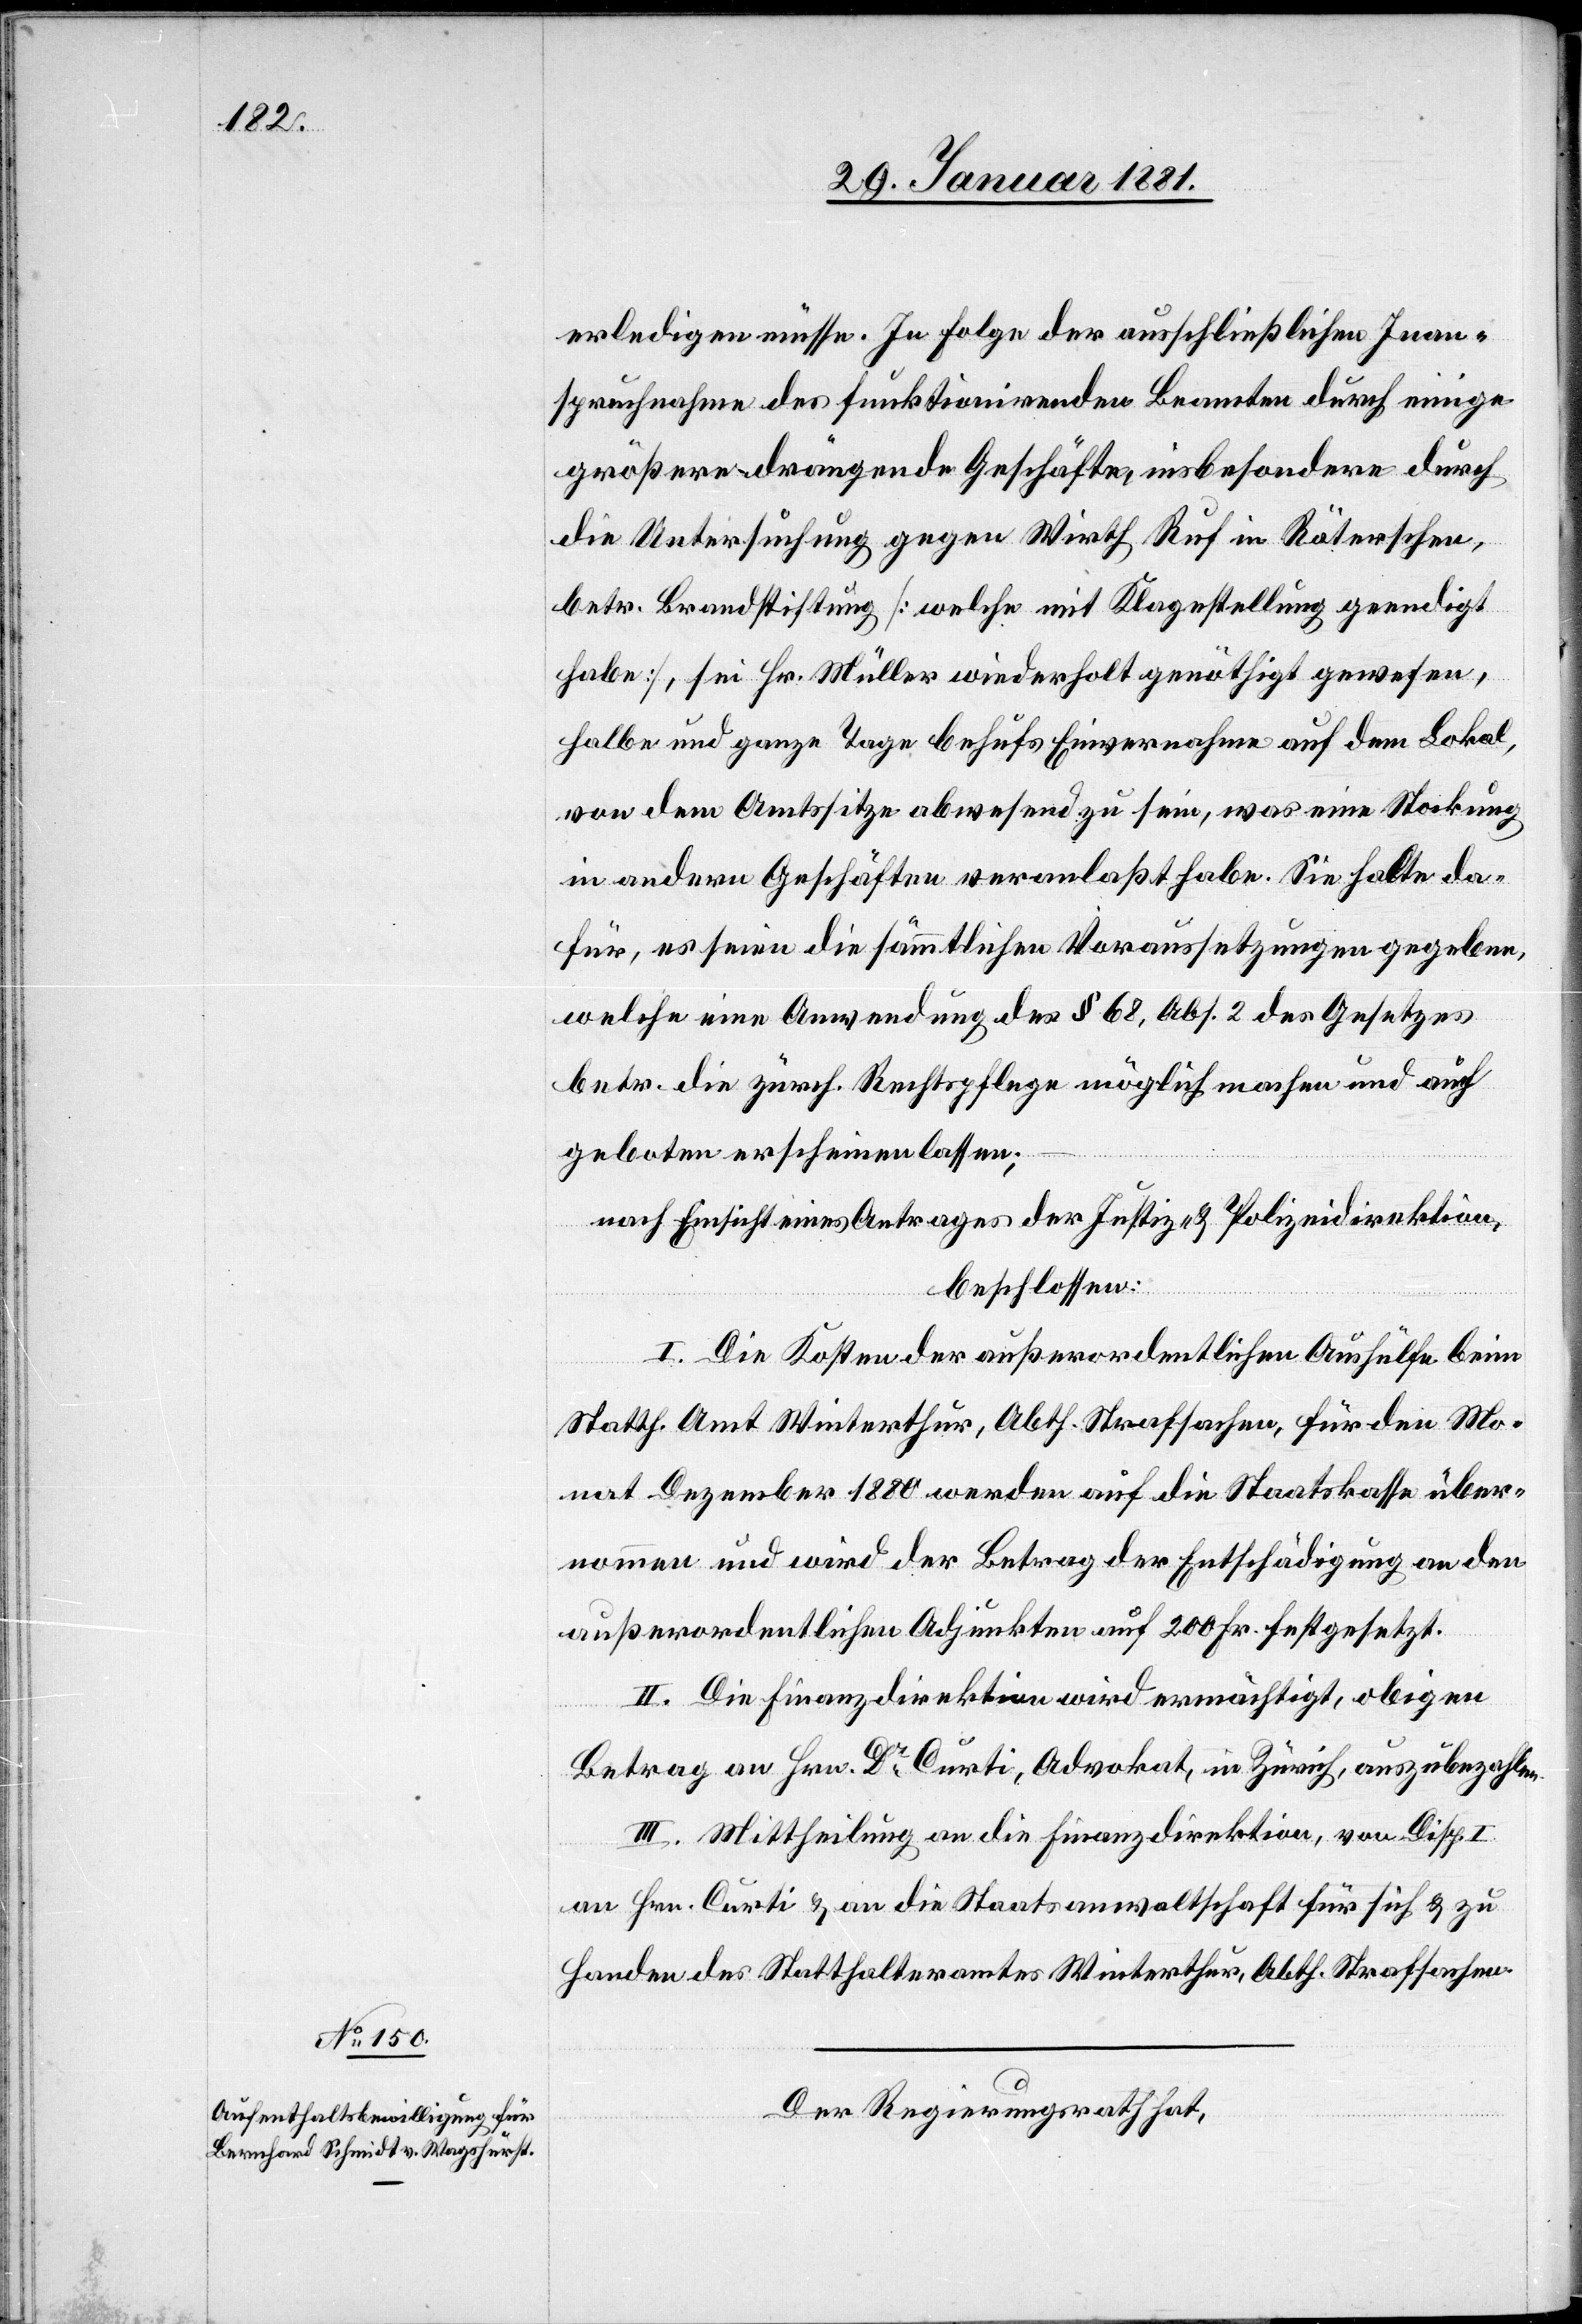
erledigen müsse. In Folge der ausschließlichen Inan¬
spruchnahme des funktionirenden Beamten durch einige
größere drängende Geschäfte, insbesondere durch
die Untersuchung gegen Wirth Ruf in Räterschen,
betr. Brandstiftung [welche mit Klagestellung geendigt
habe], sei Hr. Müller wiederholt genöthigt gewesen,
halbe und ganze Tage behufs Einvernahme auf dem Lokal,
von dem Amtssitze abwesend zu sein, was eine Stockung
in andern Geschäften veranlaßt habe. Sie halte da¬
für, es seien die sämmtlichen Voraussetzungen gegeben,
welche eine Anwendung des § 68, Abs. 2 des Gesetzes
betr. die zürch. Rechtspflege möglich machen und auf
geboten erscheinen lassen;
nach Einsicht eines Antrages der Justiz- & Polizeidirektion,
beschlossen:
I. Die Kosten der außerordentlichen Aushülfe beim
Statth. Amt Winterthur, Abth. Strafsachen, für den Mo¬
nat Dezember 1880 werden auf die Staatskasse über¬
nommen und wird der Betrag der Entschädigung an den
außerordentlichen Adjunkten auf 200 Fr. festgesetzt.
II. Die Finanzdirektion wird ermächtigt, obigen
Betrag an Hrn. Dr Curti, Advokat, in Zürich, auszubezahlen,
III. Mittheilung an die Finanzdirektion, von Disp.
an Hrn. Curti & an die Staatsanwaltschaft für sich & zu
Handen des Statthalteramtes Winterthur, Abth. Strafsachen.
Der Regierungsrath hat,